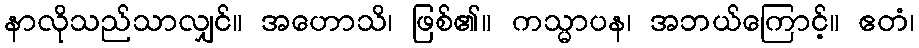
နာလိုသည်သာလျှင်။ အဟောသိ၊ ဖြစ်၏။ ကသ္မာပန၊ အဘယ်ကြောင့်။ ဧတံ၊